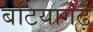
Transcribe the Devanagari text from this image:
बटियागढ़